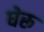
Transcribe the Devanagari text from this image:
घेरू